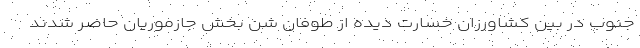
جنوب در بین کشاورزان خسارت دیده از طوفان شن بخش جازموریان حاضر شدند